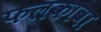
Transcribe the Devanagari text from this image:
फलकावा